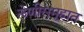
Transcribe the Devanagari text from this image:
लेणीसमूहात